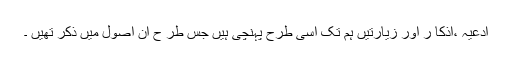
ادعیہ ،اذکا ر اور زیارتیں ہم تک اسی طرح پہنچی ہیں جس طر ح ان اصول میں ذکر تھیں ۔